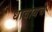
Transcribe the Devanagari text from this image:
धावायचे